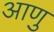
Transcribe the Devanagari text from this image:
आणु